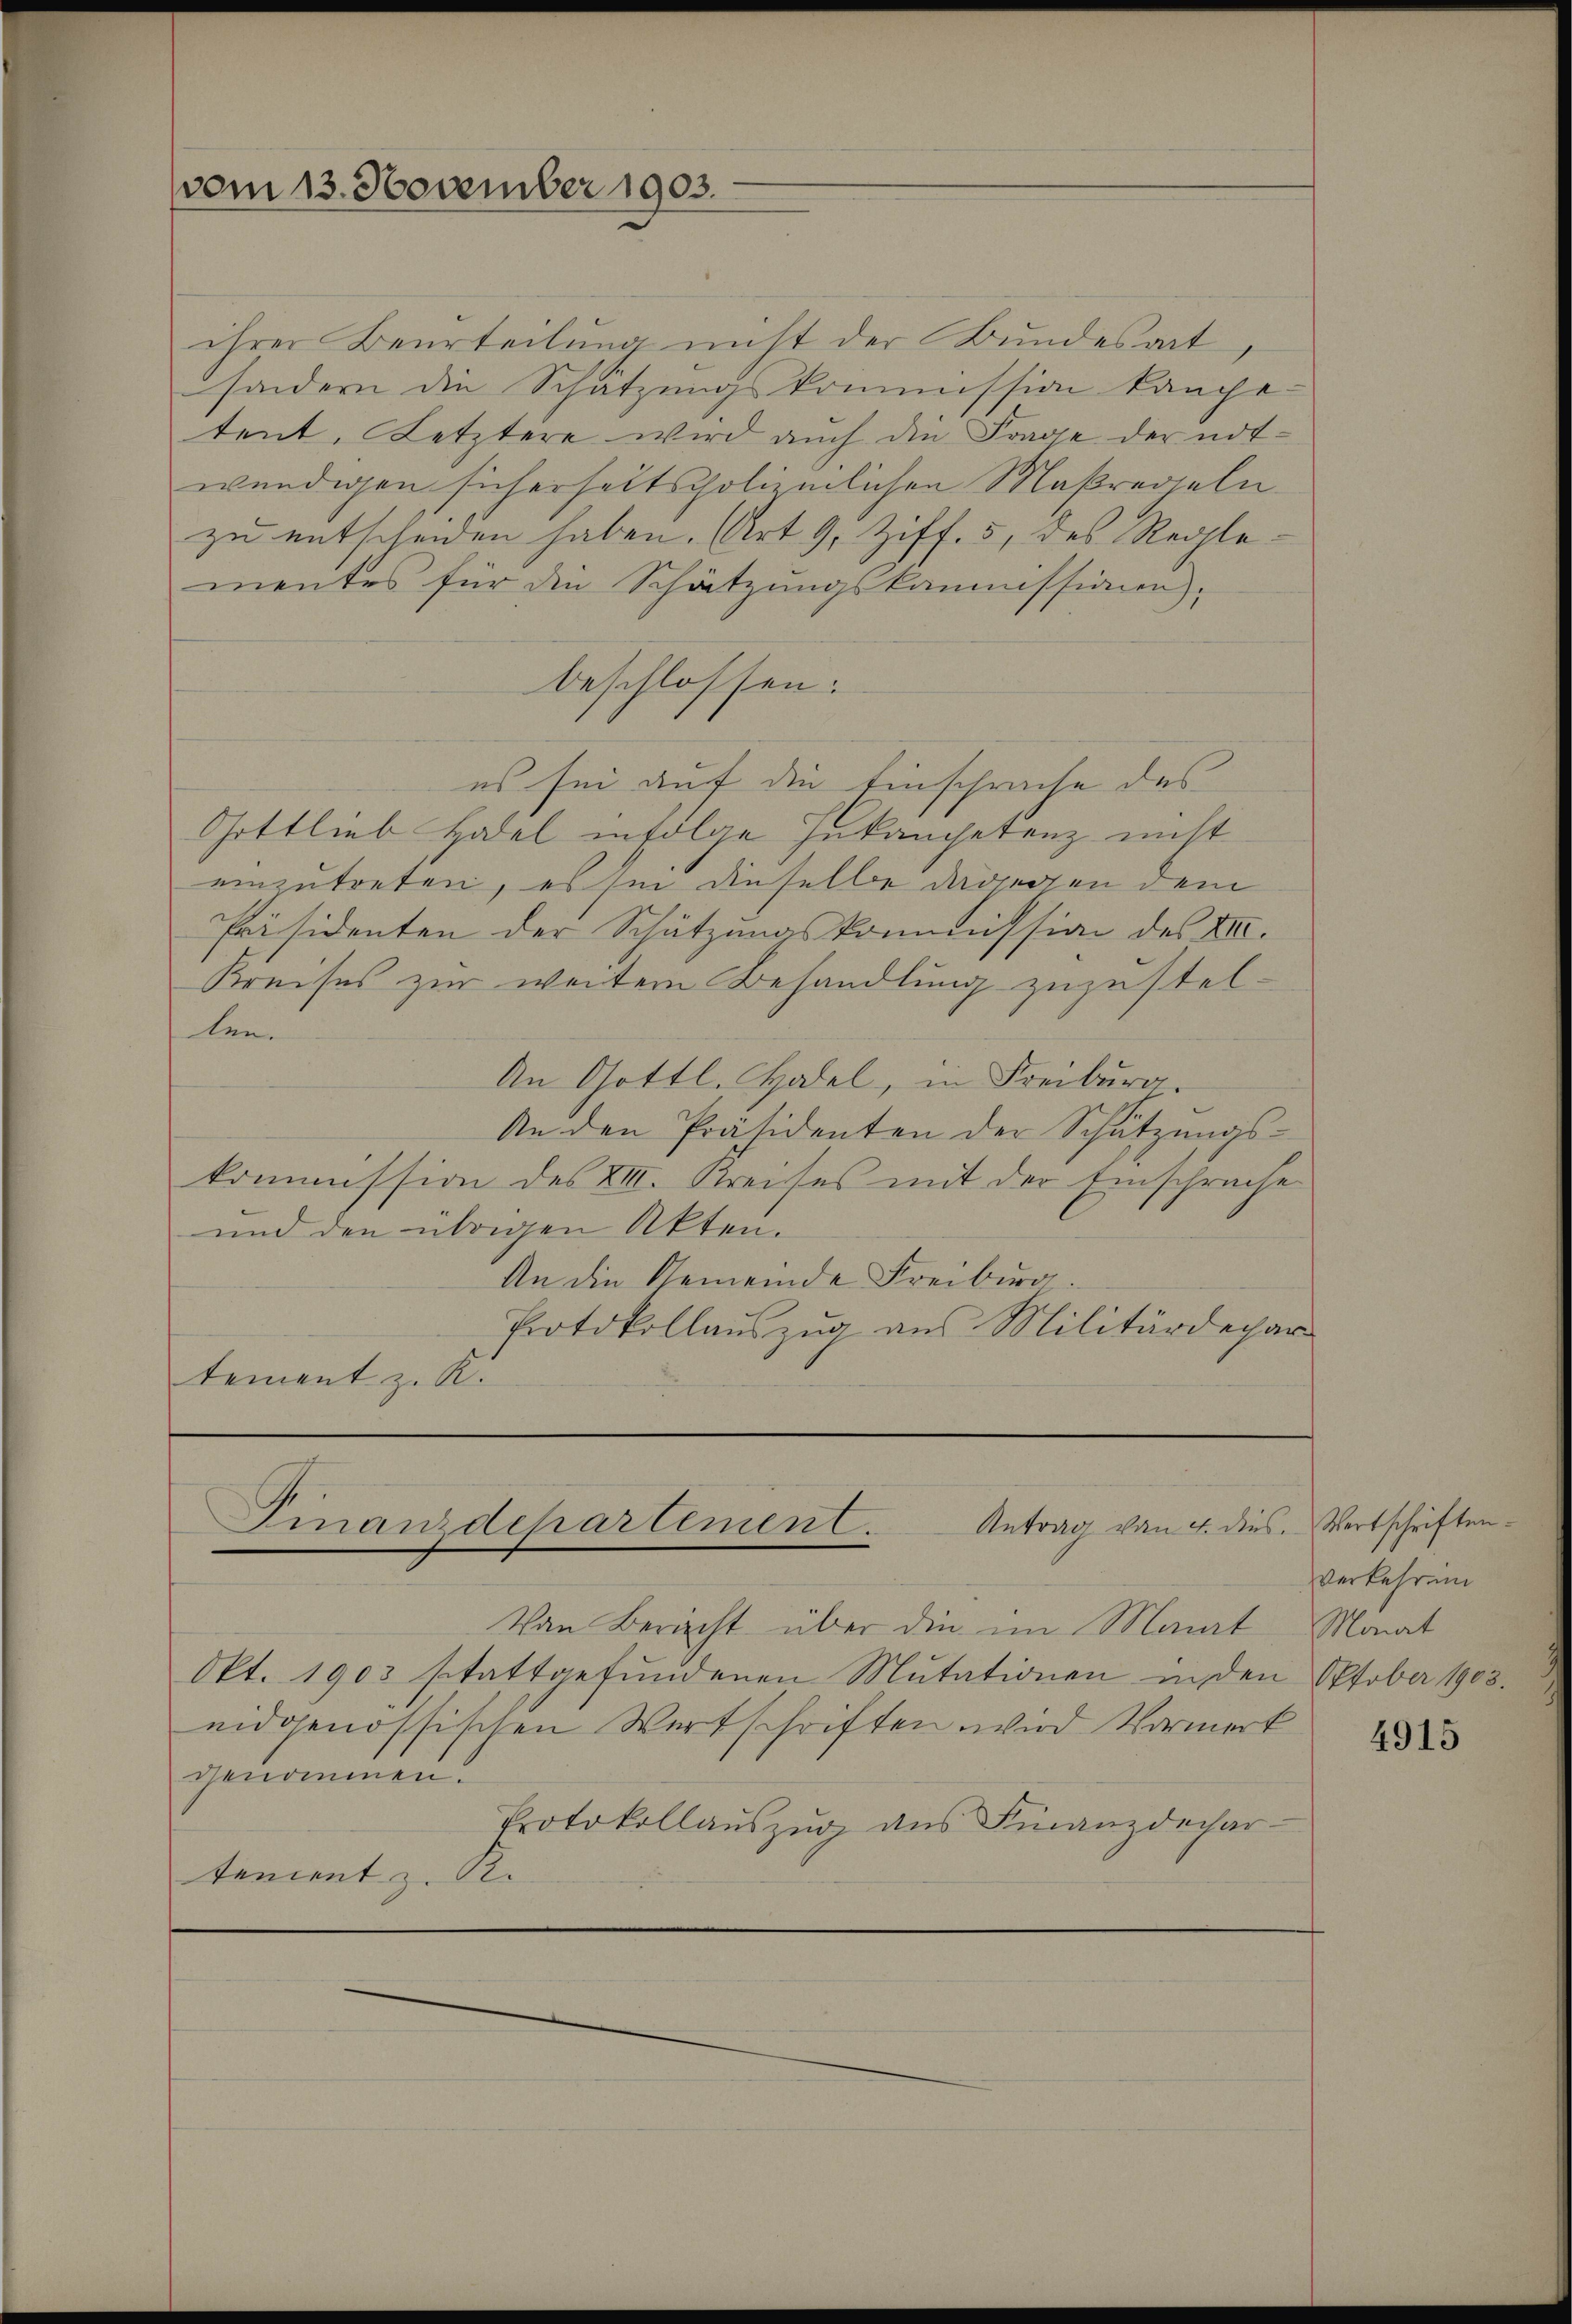
(vom 13. November 1903.

ihrer Beurteilung nicht der Bundesart
sondern die Schätzungskommission langetent. Letztere wird auch die Frage der not-
wündigen sicherheitspolizeilichen Maßregeln
zu entscheiden haben. (Art. 9, Ziff. 5, des Reglementes für die Schätzungskommissionen),
beschlossen:
es sei auf die Einsprache des
Gottlieb Hotel infolge Inkompetenz nicht
einzutreten, es sie dieselbe dagegen dem
Präsidenten der Schätzungskommission des XII.
Kreises zur weitern Behandlung zuzustel-
len.
An Gottl. Habel, in Freiburg.
An den Präsidenten der Schützungskommission des XIII. Kreises mit der Einsprache
und den übrigen Akten.
An die Gemeinde Freiburg.
Protokollaŭszŭg aŭs Militärdepar
tement z. K.

Finanzdepartement. Antrag von 4. dies

Von Bericht über die im Monat
Okt. 1903 stattgefŭndenen Mutationen in den Oktober 1903.
eidgenössischen Wertschriften wird Vormerk
genommen.
Protokollauszug aus Finanzdechar
tement z. B.

Wertschriften.
verkehrend
Monat

4915